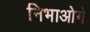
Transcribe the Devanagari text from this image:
निभाओगे